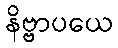
နိဗ္ဗာပယေ